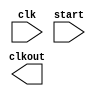
module uart_clk (
input clk,    ///Board Clock Pin
input start,   //// Start providing clock to UART Module
output reg clkout  //// Desired clock  source for UART Module
);
  
////////////Start Writing your code here /////////////////

  
  
  
  
  
  
  
  
  
  
  
  
  
  
  
  
  
  
  
  
  
 
///////////////////Finish your code here//////////////////////////  
endmodule